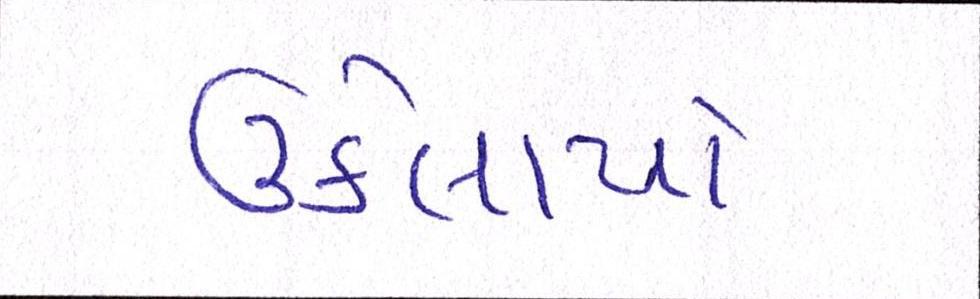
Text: ઉકેલાયો